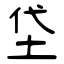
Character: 垈